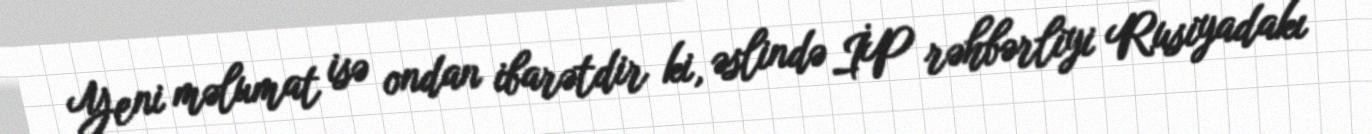
Yeni məlumat isə ondan ibarətdir ki, əslində İP rəhbərliyi Rusiyadakı